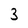
Character: 3